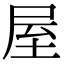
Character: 屋